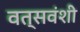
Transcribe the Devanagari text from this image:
वत्सवंशी